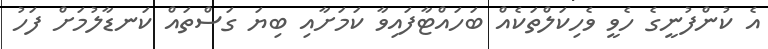
އެ ކުންފުނީގެ ހެވީ ވެހިކަލްތަކެއް ބަހައްޓާފައިވާ ކަމަށާއި ބިޔަ ގަސްތައް ކަނޑާލުމަށް ފަހު